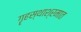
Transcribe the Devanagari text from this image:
गॄहस्थाश्रमात